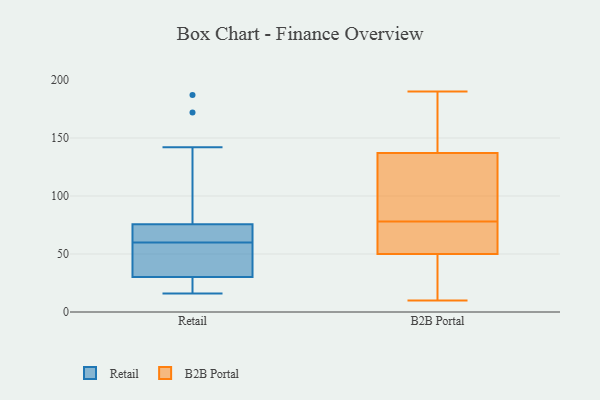
{"axis": {"x": "Bounce Rate (%)", "y": "Value"}, "legend": ["B2B Portal", "Retail"], "data": [{"x": "", "y": 187, "type": "Retail"}, {"x": "", "y": 16, "type": "Retail"}, {"x": "", "y": 172, "type": "Retail"}, {"x": "", "y": 142, "type": "Retail"}, {"x": "", "y": 31, "type": "Retail"}, {"x": "", "y": 60, "type": "Retail"}, {"x": "", "y": 30, "type": "Retail"}, {"x": "", "y": 63, "type": "Retail"}, {"x": "", "y": 75, "type": "Retail"}, {"x": "", "y": 28, "type": "Retail"}, {"x": "", "y": 76, "type": "Retail"}, {"x": "", "y": 33, "type": "Retail"}, {"x": "", "y": 71, "type": "Retail"}, {"x": "", "y": 29, "type": "Retail"}, {"x": "", "y": 38, "type": "Retail"}, {"x": "", "y": 75, "type": "B2B Portal"}, {"x": "", "y": 153, "type": "B2B Portal"}, {"x": "", "y": 42, "type": "B2B Portal"}, {"x": "", "y": 190, "type": "B2B Portal"}, {"x": "", "y": 76, "type": "B2B Portal"}, {"x": "", "y": 50, "type": "B2B Portal"}, {"x": "", "y": 87, "type": "B2B Portal"}, {"x": "", "y": 137, "type": "B2B Portal"}, {"x": "", "y": 19, "type": "B2B Portal"}, {"x": "", "y": 80, "type": "B2B Portal"}, {"x": "", "y": 102, "type": "B2B Portal"}, {"x": "", "y": 139, "type": "B2B Portal"}, {"x": "", "y": 60, "type": "B2B Portal"}, {"x": "", "y": 10, "type": "B2B Portal"}]}